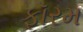
ફૉરમ